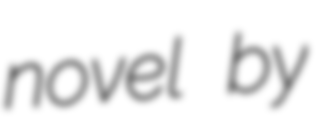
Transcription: novel by